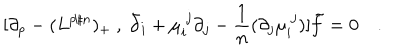
[ \partial _ { p } - ( L ^ { p / n } ) _ { + } \ , \ \bar { \partial } _ { i } + \mu _ { i } ^ { \ j } \partial _ { j } - { \frac { 1 } { n } } ( \partial _ { j } \mu _ { i } ^ { \ j } ) ] \tilde { f } = 0 \quad .